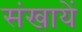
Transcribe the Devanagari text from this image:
संखायें